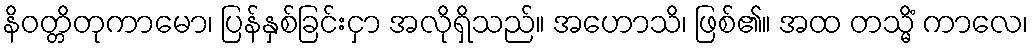
နိဝတ္တိတုကာမော၊ ပြန်နှစ်ခြင်းငှာ အလိုရှိသည်။ အဟောသိ၊ ဖြစ်၏။ အထ တသ္မိံ ကာလေ၊